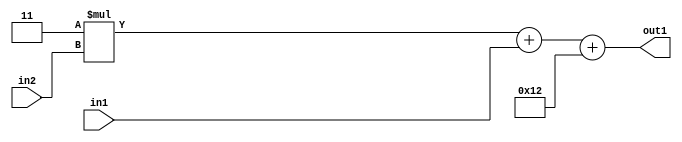
`timescale 1ps / 1ps
/*****************************************************************************
    Verilog RTL Description
    
    
    Created by: Stratus DpOpt 21.05.01 
*******************************************************************************/

module SobelFilter_Add2i18Add2u2Mul2i3u2_4 (
	in2,
	in1,
	out1
	); /* architecture "behavioural" */ 
input [1:0] in2,
	in1;
output [4:0] out1;
wire [4:0] asc001,
	asc003;

wire [4:0] asc003_tmp_0;
assign asc003_tmp_0 = 
	+(5'B00011 * in2);
assign asc003 = asc003_tmp_0
	+(in1);

assign asc001 = 
	+(asc003)
	+(5'B10010);

assign out1 = asc001;
endmodule

/* CADENCE  uLTzQgs= : u9/ySxbfrwZIxEzHVQQV8Q== ** DO NOT EDIT THIS LINE ******/